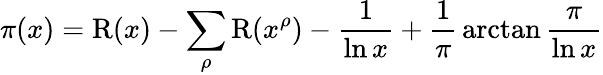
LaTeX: \pi(x)=\operatorname{R}(x)-\sum_{\rho}\operatorname{R}(x^{\rho})-{\frac{1}{\ln{x}}}+{\frac{1}{\pi}}\arctan{\frac{\pi}{\ln{x}}}